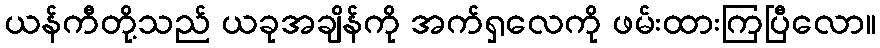
ယန်ကီတို့သည် ယခုအချိန်ကို အက်ရှလေကို ဖမ်းထားကြပြီလော။